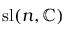
\mathrm { s l } ( n , \mathbb { C } )